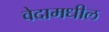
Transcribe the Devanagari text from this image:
वेदामधील